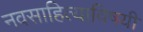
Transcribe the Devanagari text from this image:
नवसाहित्याविषयी